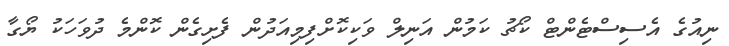
ނިއުގެ އެސިސްޓެންޓް ކޯޗު ކަމުން އަނިލް ވަކިކޮށްފިމިއަދުން ފެށިގެން ކޮންމެ ދުވަހަކު ޔޯގާ